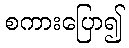
စကားပြော၍